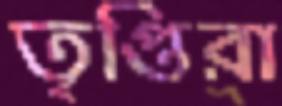
তৃপ্তিরা